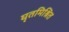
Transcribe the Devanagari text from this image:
घृतमिश्रित